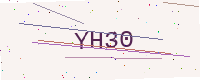
Text: YH30